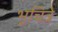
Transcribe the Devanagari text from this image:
भूचित्रे